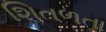
શિતળતા